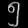
Digit: ၅